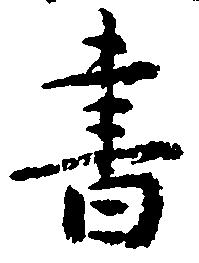
書